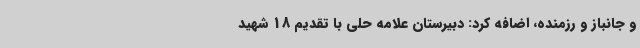
و جانباز و رزمنده، اضافه کرد: دبیرستان علامه حلی با تقدیم 18 شهید